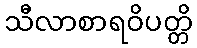
သီလာစာရဝိပတ္တိ